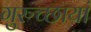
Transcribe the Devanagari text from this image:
गुरुच्छायां